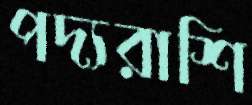
পদ্যরাশি